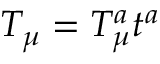
T _ { \mu } = T _ { \mu } ^ { a } t ^ { a }